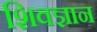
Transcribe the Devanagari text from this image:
शिवज्ञान